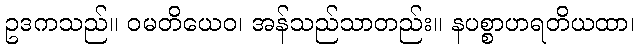
ဥဒကသည်။ ဝမတိယေဝ၊ အန်သည်သာတည်း။ နပစ္စာဟရတိယထာ၊